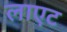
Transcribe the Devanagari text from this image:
लाएट